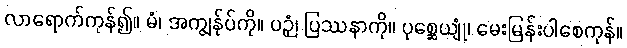
လာရောက်ကုန်၍။ မံ၊ အကျွန်ုပ်ကို။ ပဉှံ၊ ပြဿနာကို။ ပုစ္ဆေယျုံ၊ မေးမြန်းပါစေကုန်။